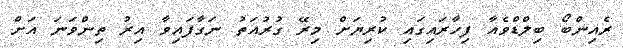
ރެއިންބޯ ބިލްޑްވެއާ ފިހާރައިގައި ކުރިޔަށް މިރޭ ގުރުއަތު ނަގާފައިވާ އިރު ތިންވަނަ އަށް